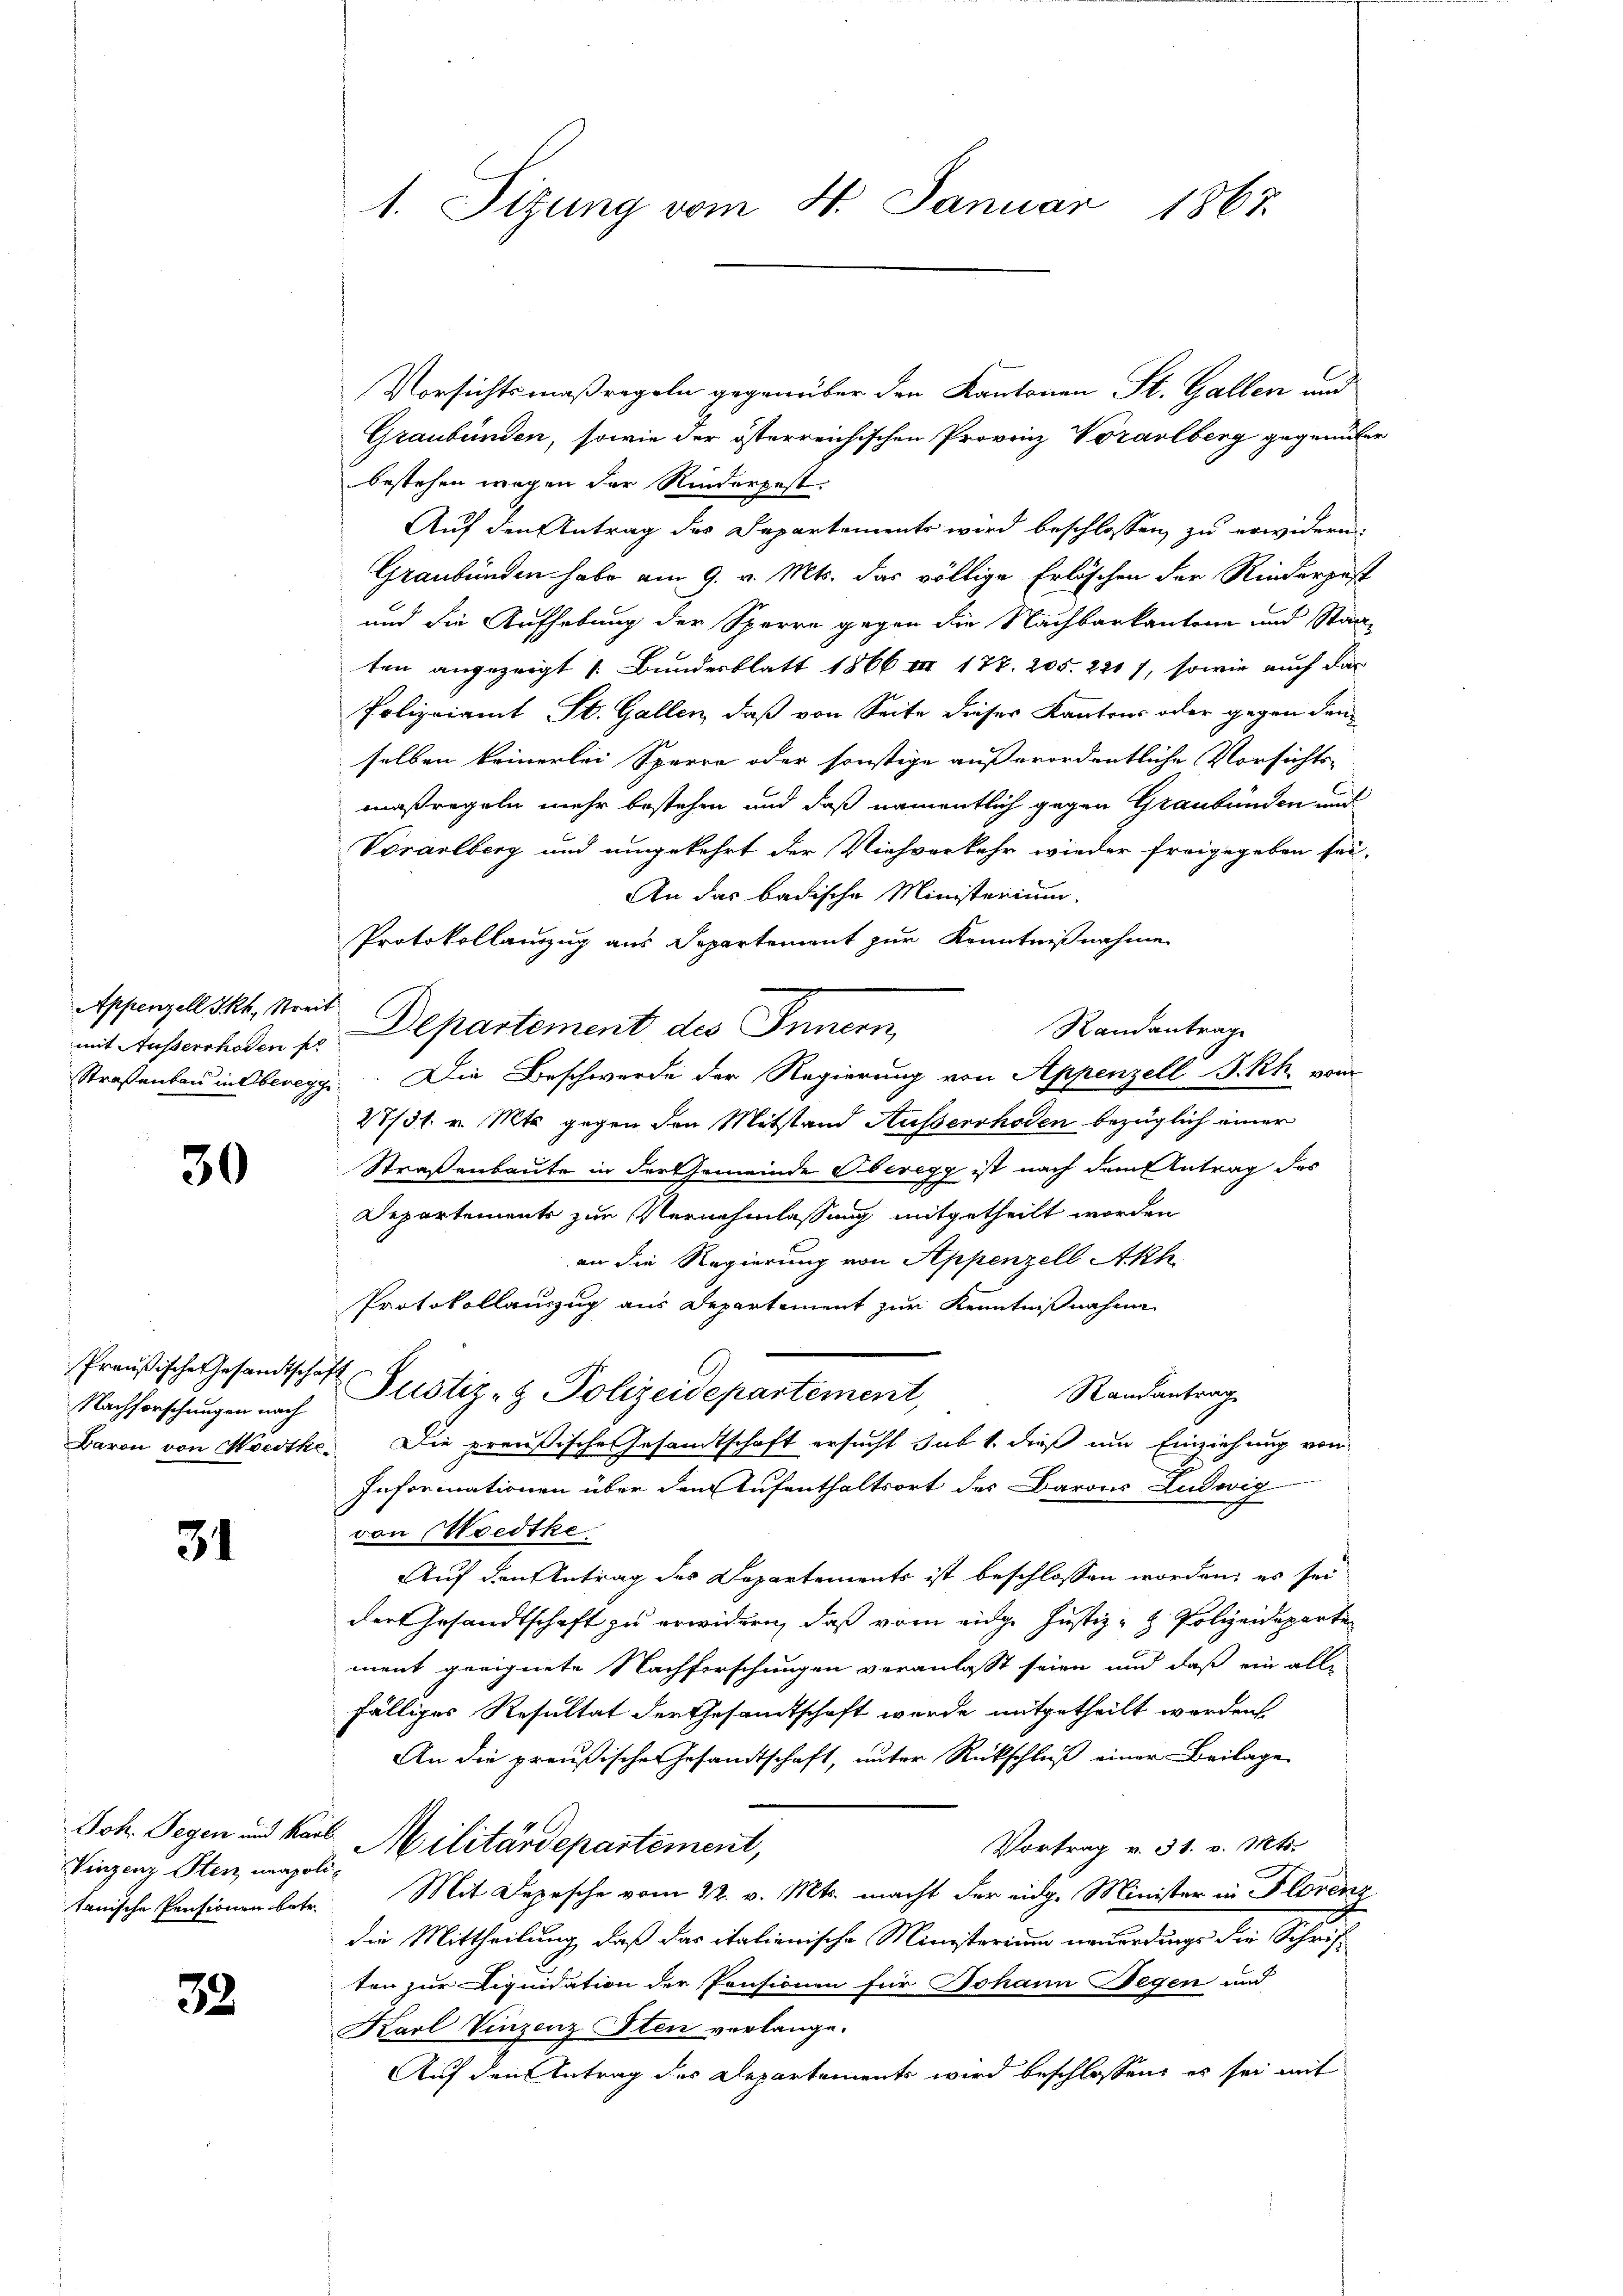
Appenzell Ikh, Streit

30

Preußische Gesandtschaft,

31

Joh. Segen und Karl
Vinzenz Stenz unapolitanische Pensionen betr.

33

1. Sitzung vom 4. Januar 1863.

Vorsichtsmaßregeln gegenüber den Kantonen St. Gallen und
Graubünden, sowie der österreichischen Provinz Vorarlberg gegenüber
bestehen wegen der Rinderpest.
Auf den Antrag des Departements wird beschlossen, zu erwidern:
Graubünden habe am 9. v. Mts. das völlige Erlöschen der Rinderpest
und die Aufhebung der Sparre gegen die Nachbarkantone und Staaten angezeigt (Bunderblatt 1866 III 178. 205. 2217, sowie auch das
Polizeiamt St. Gallen, daß von Seite dieser Kantons oder gegen dem
selben keinerlei Sperre oder sonstige außerordentliche Vorsichts-
maßregeln mehr bestehen und daß namentlich gegen Graubünden und
Vorarlberg und umgekehrt der Viehverkehr wieder freigegeben sei,
An das badische Ministerium,
Protokollanzug aus Separtement zur Kenntnißnahme
Randantrage
mit Ausserrhoden pr. Departement des Innern,
Straßenbau in Oberegg. Die Beschwerde der Regierung von Appenzell P. Rh. vom
27/31. v. Mts. gegen den Mitstand Ausserrhoden bezüglich einer
Straßenbaute in der Gemeinde Oberegg ist nach dem Antrag des
Departements zur Vernehmlassung mitgetheilt worden
an die Regierung von Appenzell Akh
Protokollauszug aus Departement zur Kenntnißnahme
Randantrag
Nachforschungen nach Justiz- & Polizeidepartement,
Baron von Miethe. Die preußische Gesamtschaft ersucht sub 1. dieß um Einziehung von
Informationen über den Aufenthaltsort des Barons Ludwig
von Wiedthe
Auf den Antrag des Departements ist beschlossen worden; es sei
der Gesandtschaft zu erwidern, daß vom eidge Justiz- & Polizeideparte
ment geeignete Nachforschungen veranlasst seien und daß ein alle
fälliges Resultat der Gesamtschaft wurde mitgetheilt worden.
An die preußische Gesandtschaft, unter Rückschluß einer Beilage
Militärdepartement,
Vortrag v. 31. v. Mts.
Mit Depesche vom 22. v. Mts. macht der eidg. Minister in Florenz
die Mittheilung, daß das italienische Ministerium neuerdings die Schriften zur Liquidation der Pensionen für Johann Degen und
Karl Vinzenz Iten verlange.
Auf den Antrag des Departements wird beschlossen, es sei mit